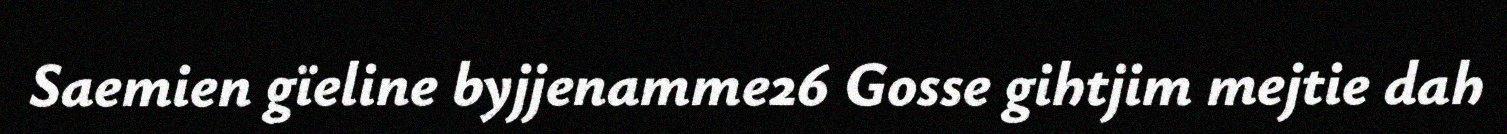
Saemien gïeline byjjenamme26 Gosse gihtjim mejtie dah